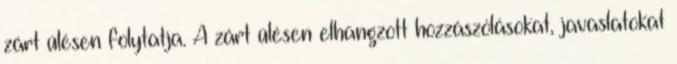
zárt ülésen folytatja. A zárt ülésen elhangzott hozzászólásokat, javaslatokat